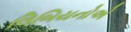
લિબિયનોએ